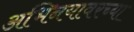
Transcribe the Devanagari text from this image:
अभिनयावरच्या